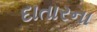
દાતારના